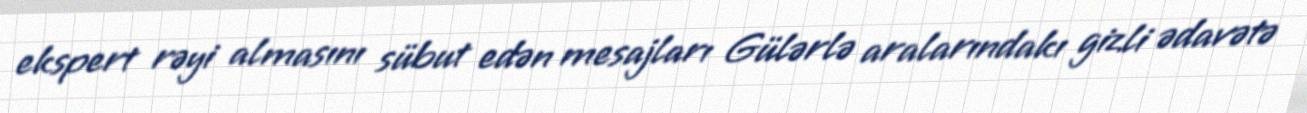
ekspert rəyi almasını sübut edən mesajları Gülərlə aralarındakı gizli ədavətə